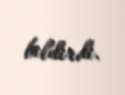
bildirdi.